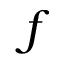
f